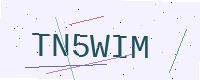
Text: TN5WIM